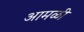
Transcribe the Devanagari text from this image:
आमळी